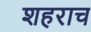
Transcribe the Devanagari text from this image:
शहराच